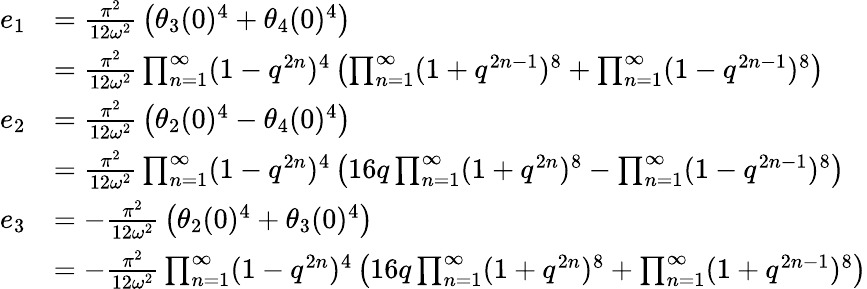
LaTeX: \begin{array}{rl}{{e_{1}}}&{{={\frac{\pi^{2}}{12\omega^{2}}}\left(\theta_{3}(0)^{4}+\theta_{4}(0)^{4}\right)}}\\ {{}}&{{={\frac{\pi^{2}}{12\omega^{2}}}\prod_{n=1}^{\infty}(1-q^{2n})^{4}\left(\prod_{n=1}^{\infty}(1+q^{2n-1})^{8}+\prod_{n=1}^{\infty}(1-q^{2n-1})^{8}\right)}}\\ {{e_{2}}}&{{={\frac{\pi^{2}}{12\omega^{2}}}\left(\theta_{2}(0)^{4}-\theta_{4}(0)^{4}\right)}}\\ {{}}&{{={\frac{\pi^{2}}{12\omega^{2}}}\prod_{n=1}^{\infty}(1-q^{2n})^{4}\left(16q\prod_{n=1}^{\infty}(1+q^{2n})^{8}-\prod_{n=1}^{\infty}(1-q^{2n-1})^{8}\right)}}\\ {{e_{3}}}&{{=-{\frac{\pi^{2}}{12\omega^{2}}}\left(\theta_{2}(0)^{4}+\theta_{3}(0)^{4}\right)}}\\ {{}}&{{=-{\frac{\pi^{2}}{12\omega^{2}}}\prod_{n=1}^{\infty}(1-q^{2n})^{4}\left(16q\prod_{n=1}^{\infty}(1+q^{2n})^{8}+\prod_{n=1}^{\infty}(1+q^{2n-1})^{8}\right)}}\end{array}